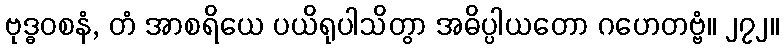
ဗုဒ္ဓဝစနံ, တံ အာစရိယေ ပယိရုပါသိတွာ အဓိပ္ပါယတော ဂဟေတဗ္ဗံ။ ၂၇၂။